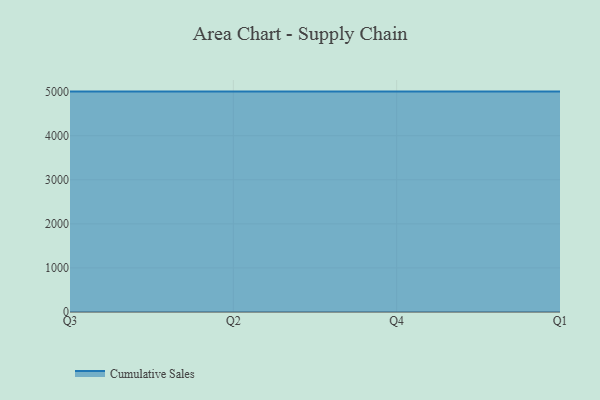
{"axis": {"x": "Quarter", "y": "Tickets Resolved"}, "legend": ["Cumulative Sales"], "data": [{"x": "Q3", "y": 5000, "type": "Cumulative Sales"}, {"x": "Q2", "y": 5000, "type": "Cumulative Sales"}, {"x": "Q4", "y": 5000, "type": "Cumulative Sales"}, {"x": "Q1", "y": 5000, "type": "Cumulative Sales"}]}